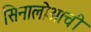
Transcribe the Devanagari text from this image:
सिनालोआची